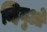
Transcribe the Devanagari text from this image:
व्हिनुओ